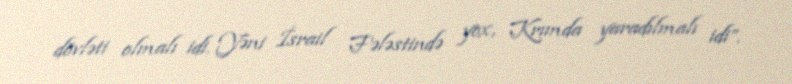
dövləti olmalı idi. Yəni İsrail Fələstində yox, Krımda yaradılmalı idi”.